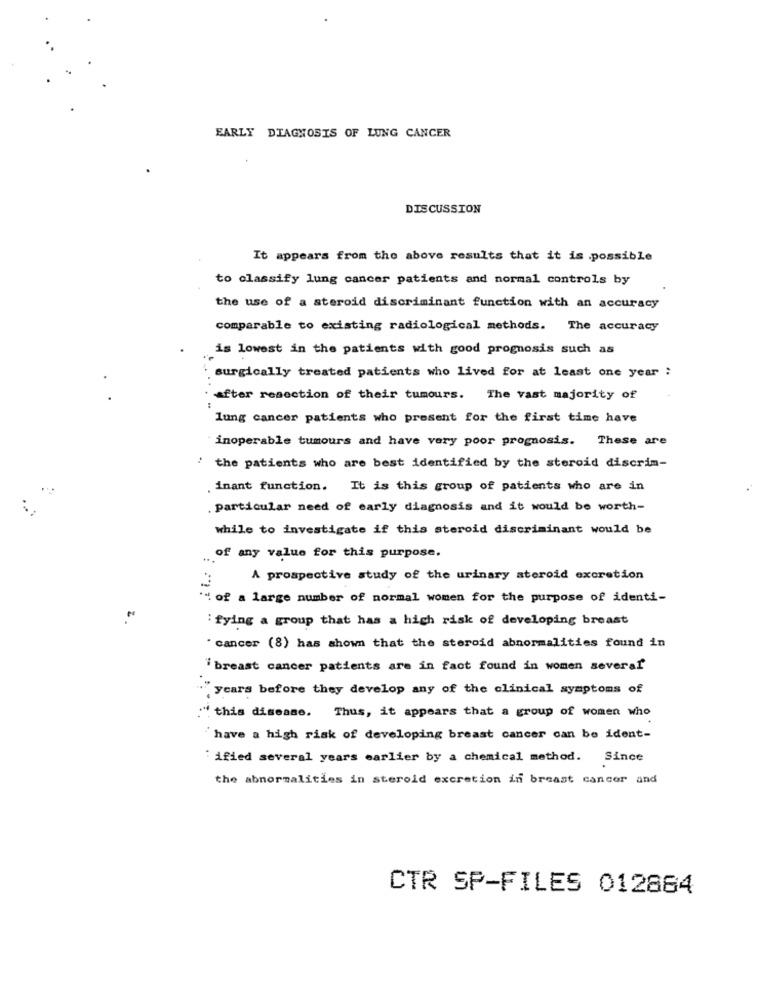
EARLY DIAGNOSIS OF LUNG CANCER
DISCUSSION
It appears from the above results that it is possible
to classify lung cancer patients and normal controls by
the use of a steroid discriminant function with an accuracy
comparable to existing radiological methods. The accuracy
is lowest in the patients with good prognosis such as
surgically treated patients who lived for at least one year :
..
after resection of their tumours. The vast majority of
lung cancer patients who present for the first time have
inoperable tumours and have very poor prognosis. These are
" the patients who are best identified by the steroid discrim-
. inant function. It is this group of patients who are in
. particular need of early diagnosis and it would be worth-
while to investigate if this steroid discriminant would be
of any value for this purpose.
A prospective study of the urinary steroid excretion
H of a large number of normal women for the purpose of identi-
: fying a group that has a high risk of developing breast
. cancer (8) has shown that the steroid abnormalities found in
"breast cancer patients are in fact found in women several
"years before they develop any of the clinical symptoms of
:" this disease. Thus, it appears that a group of women who
have a high risk of developing breast cancer can be ident-
:ified several years earlier by a chemical method. Since
the abnormalities in steroid excretion in breast cancer and
CTR SP-FILES 012864